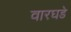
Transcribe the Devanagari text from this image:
वारघडे